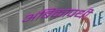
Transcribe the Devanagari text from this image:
अंबिकापथी